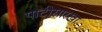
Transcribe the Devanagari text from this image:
पाटीसारखा